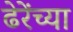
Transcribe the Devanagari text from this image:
ढेरेंच्या